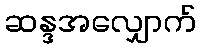
ဆန္ဒအလျှောက်